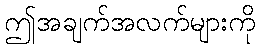
ဤအချက်အလက်များကို